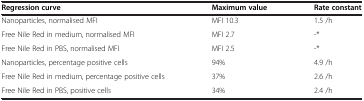
<table><thead><tr><td><b>Regression curve</b></td><td><b>Maximum value</b></td><td><b>Rate constant</b></td></tr></thead><tbody><tr><td>Nanoparticles, normalised MFI</td><td>MFI 10.3</td><td>1.5 /h</td></tr><tr><td>Free Nile Red in medium, normalised MFI</td><td>MFI 2.7</td><td>-*</td></tr><tr><td>Free Nile Red in PBS, normalised MFI</td><td>MFI 2.5</td><td>-*</td></tr><tr><td>Nanoparticles, percentage positive cells</td><td>94%</td><td>4.9 /h</td></tr><tr><td>Free Nile Red in medium, percentage positive cells</td><td>37%</td><td>2.6 /h</td></tr><tr><td>Free Nile Red in PBS, positive cells</td><td>34%</td><td>2.4 /h</td></tr></tbody></table>